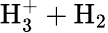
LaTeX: \mathrm{H}_{3}^{+}+\mathrm{H}_{2}